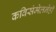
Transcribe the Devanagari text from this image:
कविसंमेलनेही